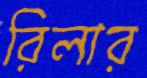
রিলার